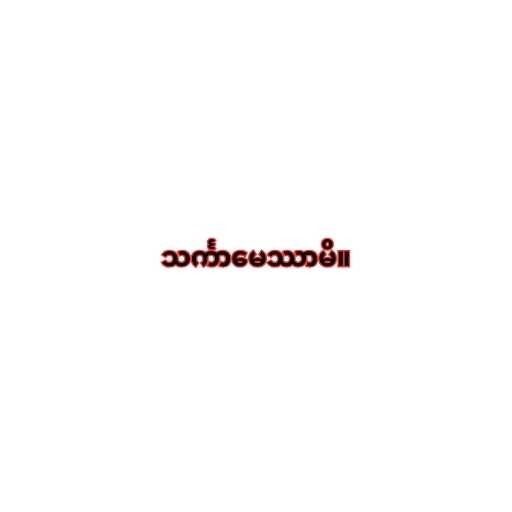
သင်္ကာမေဿာမိ။